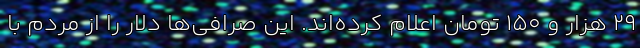
۲۹ هزار و ۱۵۰ تومان اعلام کرده‌اند. این صرافی‌ها دلار را از مردم با